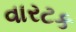
વારટક